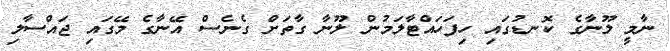
ނާމީ ލޫނާގެ ކޮނޑުގައި ހިފަހައްޓާލަމުން ލޫނާ ގާތަށް ގެނެސް އޭނާގެ މޭގައި ޖައްސާލި